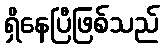
ရှိနေပြီဖြစ်သည်